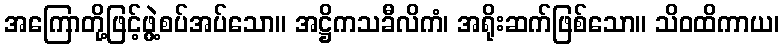
အကြောတို့ဖြင့်ဖွဲ့စပ်အပ်သော။ အဋ္ဌိကသခီလိကံ၊ အရိုးဆက်ဖြစ်သော။ သိဝထိကာယ၊